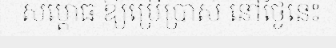
សម្ពោធ ឱ្យប្រើប្រាស់ នៅថ្ងៃនេះ